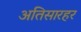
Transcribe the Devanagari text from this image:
अतिसारहर